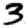
Digit: 3